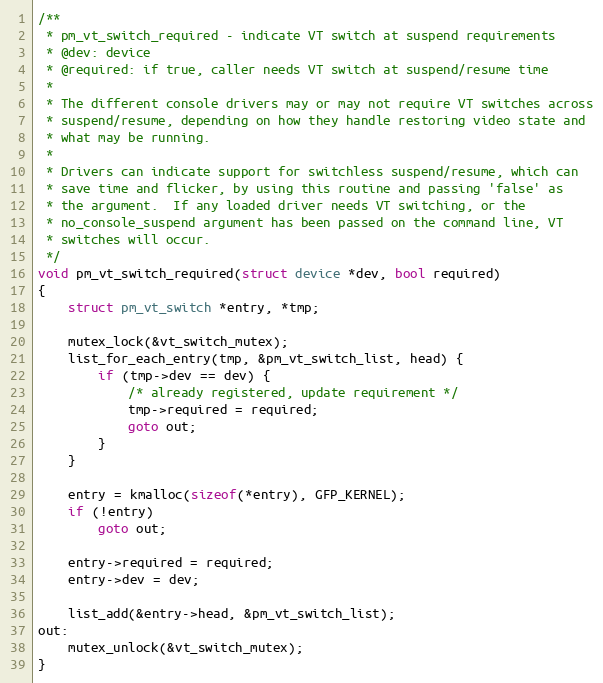
Language: C
/**
 * pm_vt_switch_required - indicate VT switch at suspend requirements
 * @dev: device
 * @required: if true, caller needs VT switch at suspend/resume time
 *
 * The different console drivers may or may not require VT switches across
 * suspend/resume, depending on how they handle restoring video state and
 * what may be running.
 *
 * Drivers can indicate support for switchless suspend/resume, which can
 * save time and flicker, by using this routine and passing 'false' as
 * the argument.  If any loaded driver needs VT switching, or the
 * no_console_suspend argument has been passed on the command line, VT
 * switches will occur.
 */
void pm_vt_switch_required(struct device *dev, bool required)
{
	struct pm_vt_switch *entry, *tmp;

	mutex_lock(&vt_switch_mutex);
	list_for_each_entry(tmp, &pm_vt_switch_list, head) {
		if (tmp->dev == dev) {
			/* already registered, update requirement */
			tmp->required = required;
			goto out;
		}
	}

	entry = kmalloc(sizeof(*entry), GFP_KERNEL);
	if (!entry)
		goto out;

	entry->required = required;
	entry->dev = dev;

	list_add(&entry->head, &pm_vt_switch_list);
out:
	mutex_unlock(&vt_switch_mutex);
}